Vaccination Hyderabad 1872-1889 - 1872-1889
Year: 1872
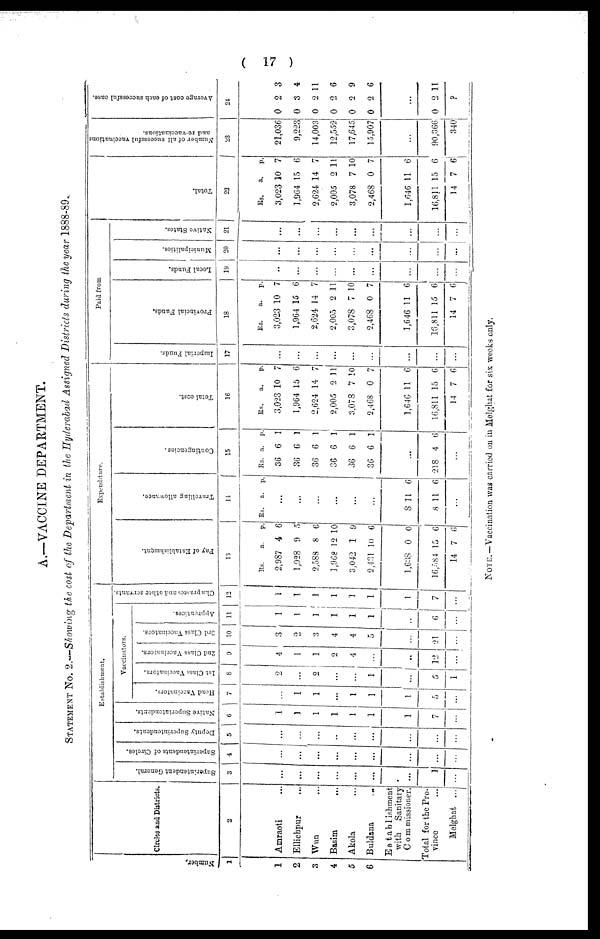
( 17 )
A.—VACCINE DEPARTMENT.
STATEMENT No. 2.—Showing the cost of the Department in the Hyderabad Assigned Districts during the year 1888-89.
Number.
1
1
2
3
4
5
6
Circles and Districts.
2
Amraoti ...
Ellichpur ...
Wun ...
Basim
...
Akola ...
Buldana
...
Estabishment
with Sanitary
Commissioner.
Total for the Pro¬
vince ...
Melghat ...
Establishment.
Superintendent General.
3
...
...
...
...
...
...
...
1
...
Superintendents of Circles.
4
...
...
...
...
...
...
...
...
...
Deputy Superintendents.
5
...
...
...
...
...
...
...
...
...
Native Superintendents.
6
1
1
1
1
1
1
1
7
...
Vaccinators.
Head Vaccinators.
7
...
1
1
...
1
1
1
5
...
1st Class Vaccinators.
8
2
...
2
...
...
1
...
5
1
2nd Class Vaccinators.
9
4
1
1
2
4
...
...
12
...
3rd Class Vaccinators.
10
3
2
3
4
4
5
...
21
...
Apprentices.
11
1
1
1
1
1
1
...
6
...
Chaprasees and other servants.
12
1
1
1
1
1
1
1
7
...
Expenditure.
Pay of Establishment.
13
Rs.
2,987
1,928
2,588
1,968
3,042
2,431
1,638
16,584
14
a.
4
9
8
12
1
10
0
15
7
p.
6
5
6
10
9
6
0
6
6
Travelling allowance.
14
Rs. a. p.
...
...
...
...
...
...
8
8
11
11
6
6
...
Contingencies.
15
Rs.
36
36
36
36
36
36
a.
6
6
6
6
6
6
p.
1
1
1
1
1
1
...
218 4 6
...
Tetal cost.
16
Rs.
3,023
1,964
2,624
2,005
3,078
2,468
1,646
16,811
14
a.
10
15
14
2
7
0
11
15
7
p.
7
6
7
11
10
7
6
6
6
Paid from
Imperial Funds.
17
...
...
...
...
...
...
...
...
...
Provincial Funds.
18
Rs.
3,023
1,964
2,624
2,005
3,078
2,468
1,646
16,811
14
a.
10
15
14
2
7
0
11
15
7
p.
7
6
7
11
10
7
6
6
6
Local Funds.
19
...
...
...
...
...
...
...
...
...
Municipalities.
20
...
...
...
...
...
...
...
...
...
Native States.
21
...
...
...
...
...
...
...
...
...
Total.
22
Rs.
3,023
1,964
2,624
2,005
3,078
2,468
1,646
16,811
14
a.
10
15
14
2
7
0
11
15
7
p.
7
6
7
11
10
7
6
6
6
Number of all successful vaccinations
and re-vaccinations.
23
21,036
9,223
14,003
12,552
17,645
15,907
...
90,366
340
Average cost of each successful case.
24
0
0
0
0
0
0
2
3
2
2
2
2
3
4
11
6
9
6
...
0 2 11
?
NOTE.—Vaccination was carried on in Melghat for six weeks only.